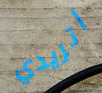
أتريدي